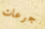
جرعات